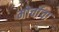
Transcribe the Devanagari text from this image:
मोर्चाचा